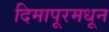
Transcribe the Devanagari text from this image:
दिमापूरमधून